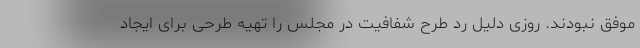
موفق نبودند. روزی دلیل رد طرح شفافیت در مجلس را تهیه طرحی برای ایجاد